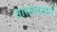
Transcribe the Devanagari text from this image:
सासवडनामे